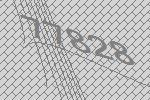
77828